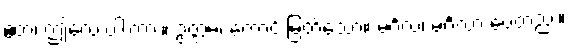
ဧတံ၊ ဤလေးပါးကား။ ဥတ္တမံ၊ ကောင်းမြတ်သော။ မင်္ဂလံ၊ မင်္ဂလာ ပေတည်း။